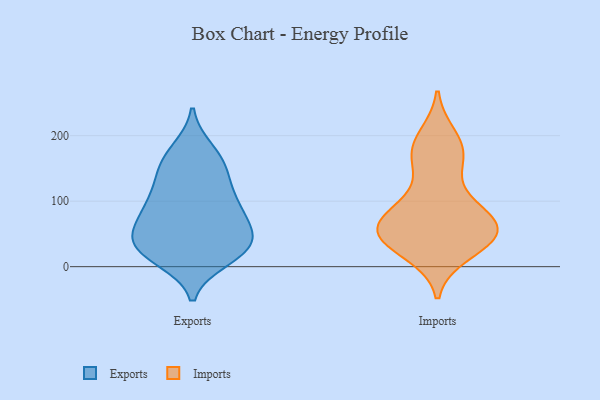
{"axis": {"x": "Market Share (%)", "y": "Value"}, "legend": ["Exports", "Imports"], "data": [{"x": "", "y": 135, "type": "Exports"}, {"x": "", "y": 109, "type": "Exports"}, {"x": "", "y": 43, "type": "Exports"}, {"x": "", "y": 22, "type": "Exports"}, {"x": "", "y": 140, "type": "Exports"}, {"x": "", "y": 84, "type": "Exports"}, {"x": "", "y": 169, "type": "Exports"}, {"x": "", "y": 20, "type": "Exports"}, {"x": "", "y": 156, "type": "Exports"}, {"x": "", "y": 35, "type": "Exports"}, {"x": "", "y": 49, "type": "Exports"}, {"x": "", "y": 93, "type": "Exports"}, {"x": "", "y": 42, "type": "Exports"}, {"x": "", "y": 91, "type": "Exports"}, {"x": "", "y": 81, "type": "Exports"}, {"x": "", "y": 178, "type": "Exports"}, {"x": "", "y": 55, "type": "Exports"}, {"x": "", "y": 21, "type": "Exports"}, {"x": "", "y": 12, "type": "Exports"}, {"x": "", "y": 21, "type": "Imports"}, {"x": "", "y": 91, "type": "Imports"}, {"x": "", "y": 58, "type": "Imports"}, {"x": "", "y": 48, "type": "Imports"}, {"x": "", "y": 153, "type": "Imports"}, {"x": "", "y": 165, "type": "Imports"}, {"x": "", "y": 50, "type": "Imports"}, {"x": "", "y": 175, "type": "Imports"}, {"x": "", "y": 46, "type": "Imports"}, {"x": "", "y": 61, "type": "Imports"}, {"x": "", "y": 86, "type": "Imports"}, {"x": "", "y": 60, "type": "Imports"}, {"x": "", "y": 198, "type": "Imports"}, {"x": "", "y": 60, "type": "Imports"}, {"x": "", "y": 26, "type": "Imports"}, {"x": "", "y": 97, "type": "Imports"}, {"x": "", "y": 188, "type": "Imports"}, {"x": "", "y": 47, "type": "Imports"}]}